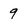
Character: 9